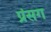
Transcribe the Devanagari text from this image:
प्रंसग